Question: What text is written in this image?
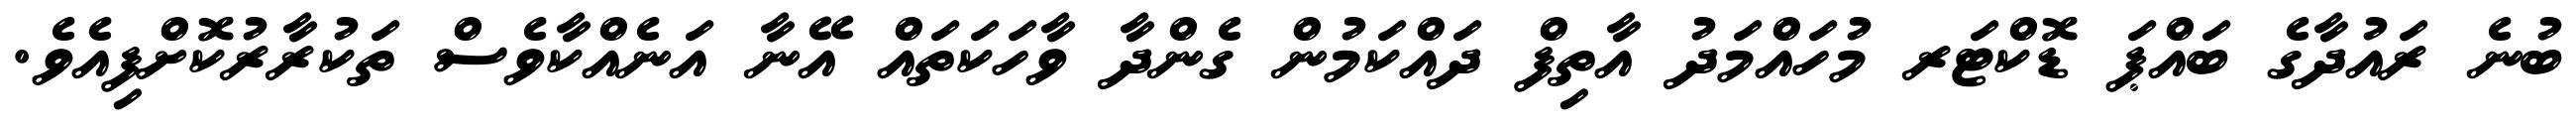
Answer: ބުނެ ރައުދާގެ ބައްޕަ ޑޮކްޓަރ މުހައްމަދު އާތިފް ދައްކަމުން ގެންދާ ވާހަކަތައް އޭނާ އަނެއްކާވެސް ތަކުރާރުކޮށްފިއެވެ.